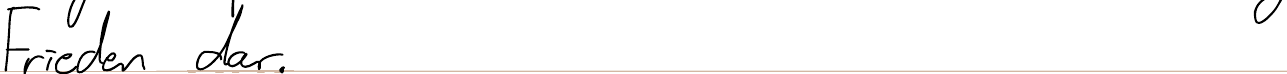
Frieden dar.